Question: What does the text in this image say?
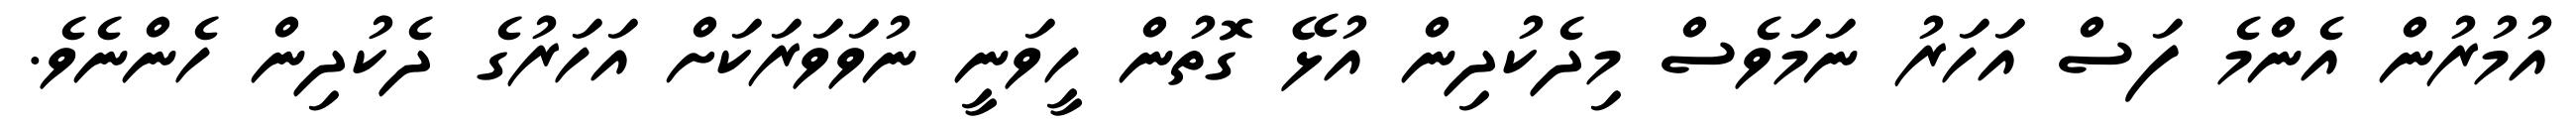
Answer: އުމުރުން އެންމެ ފަސް އަހަރު ނަމަވެސް މިދެކުދިން އުޅޭ ގޮތުން ހީވަނީ ނުވަވަރަކަށް އަހަރުގެ ދެކުދިން ހެންނެވެ.